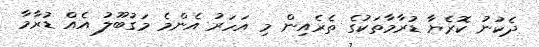
ދެކުނު ކޮރެޔާ ޑުރާމާތަކުގެ ތެރެއިން މި އަހަރު އެންމެ މަގުބޫލު އެއް ޑުރާމާ